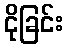
ငိုခြင်း